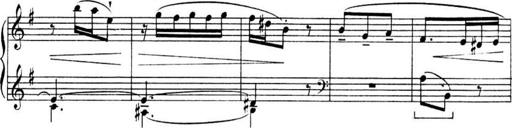
Title: Sonatines
Composer: Hedwige ChrÃ©tien